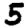
Digit: 5